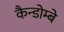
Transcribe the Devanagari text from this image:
कैन्डोम्बे